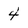
Character: 4